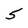
Character: 5